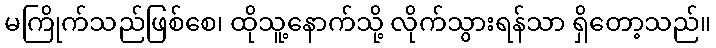
မကြိုက်သည်ဖြစ်စေ၊ ထိုသူ့နောက်သို့ လိုက်သွားရန်သာ ရှိတော့သည်။